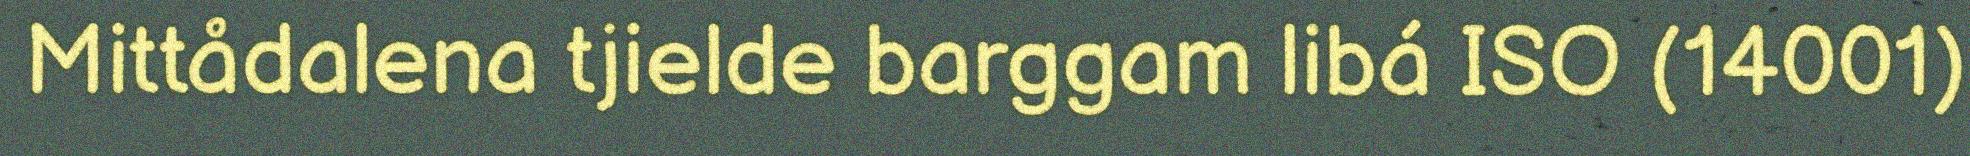
Mittådalena tjielde barggam libá ISO (14001)